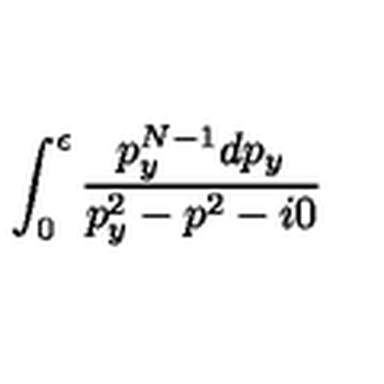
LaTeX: \int _ { 0 } ^ { \epsilon } \frac { p _ { y } ^ { N - 1 } d p _ { y } } { p _ { y } ^ { 2 } - p ^ { 2 } - i 0 }